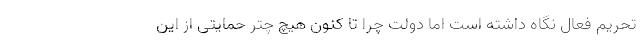
تحریم فعال نگاه داشته است اما دولت چرا تا کنون هیچ چتر حمایتی از این